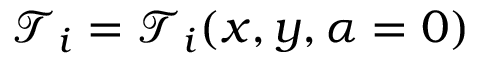
\mathcal { T } _ { i } = \mathcal { T } _ { i } ( x , y , \alpha = 0 )